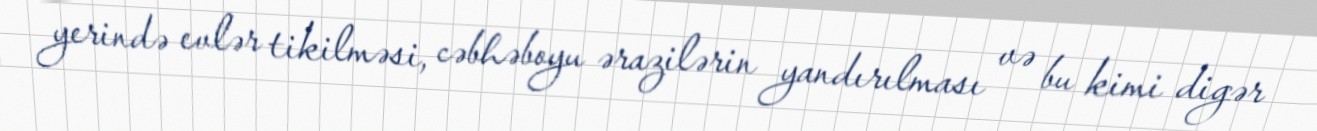
yerində evlər tikilməsi, cəbhəboyu ərazilərin yandırılması və bu kimi digər